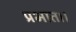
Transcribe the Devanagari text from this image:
प्रभात।।